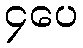
၄ပေ